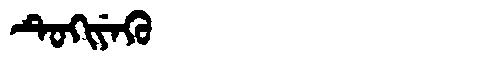
Manchu: ᡨᡠᡴᡳᠶᡝᡴᡠ
Romanization: TUKIYEKU